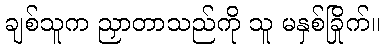
ချစ်သူက ညှာတာသည်ကို သူ မနှစ်ခြိုက်။